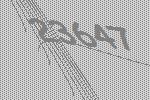
23647